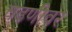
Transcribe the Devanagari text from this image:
चढणीवर